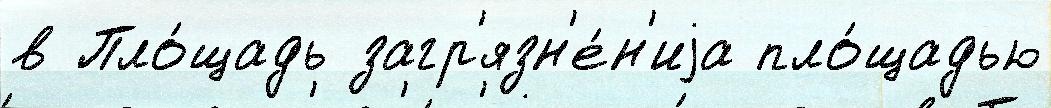
в Пло́щадь загр'язн'е́н'иjа пло́щадью